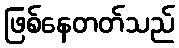
ဖြစ်နေတတ်သည်